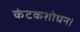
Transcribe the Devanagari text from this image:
कंटकशोधन।